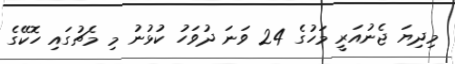
މިދިޔަ ޖެނުއަރީ މަހުގެ 24 ވަނަ ދުވަހު ކުޅުނު މި މެޗުގައި ހޮކޭގެ